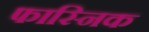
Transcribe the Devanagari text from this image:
फास्निक